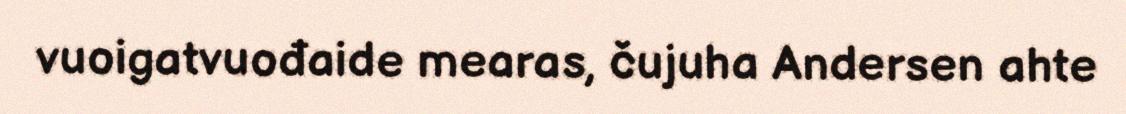
vuoigatvuođaide mearas, čujuha Andersen ahte